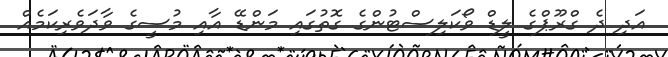
އަދި ދެ ގްރޫޕްގެ ލީޑް ވޯކަލިސްޓުންގެ ގޮތުގައި މަންޑޭ އާއި މުސީގެ ވާދަވެރިކަމެއް